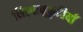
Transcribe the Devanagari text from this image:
शिल्पानुकृतियाँ